Annual report of the Imperial Bacteriologist
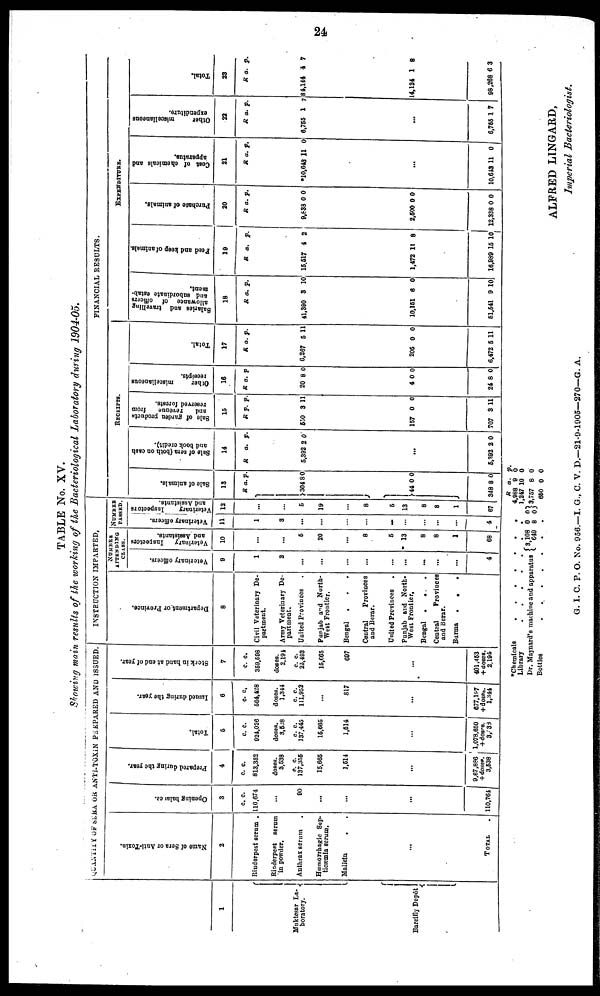
24
TABLE No. XV.
Showing main results of the working of the Bacteriological Laboratory during 1904-05.
1
Muktesar La-
boratory.
Bareilly Depôt {
QUANTITY OF SERA OR ANTI-TOXIN PREPARED AND ISSUED.
Name of Sera or Anti-Toxin.
2
Rinderpest serum .
Rinderpest
serum
in powder.
Anthrax serum .
Hæmorrhagic Sep-
ticæmia serum.
Mallein . .
...
TOTAL
.
Opening balance.
3
c. c.
110,674
...
90
...
...
...
110,764
Prepared during the year.
4
c. c.
813,352
doses.
3,538
c. c.
137,355
15,665
1,514
...
9,67,886
+doses.
3,538
Total.
5
c. c.
924,028
doses.
3,538
c. c.
137,445
15,665
1,514
...
1078,650
+doses
3538
Issued during the year.
6
c. c.
564,428
doses.
1,344
c. c.
111,952
...
817
...
677,197
+ doses
1,344
Stock in hand at end of year.
7
c. c.
359,598
doses.
2,194
c. c.
25,493
15,665
697
...
401,453
+ doses.
2,194
INSTRUCTION IMPARTED.
Department or Province.
8
Civil Veterinary De-
partment.
Army Veterinary De-
partment.
United Provinces
Punjab and North-
West Frontier.
Bengal
. . .
Central
Provinces
and Berar.
United Provinces
Punjab and North-
West Frontier.
Bengal
.
. .
Central
Provinces
and Berar.
Burma
.
.
.
NUMBER
ATTENDING
CLASS.
Veterinary officers.
9
1
3
...
...
...
...
...
...
...
...
...
4
Veterinary
Inspectors
and Assistants.
10
...
...
5
20
...
8
5
13
8
8
1
68
NUMBER
PASSED.
Veterinary officers.
11
1
3
...
...
...
...
...
...
...
...
...
4
Veterinary
Inspecto rs
and Assistants.
12
...
...
5
19
...
8
5
13
8
8
1
67
FINANCIAL RESULTS.
RECEIPTS.
Sale of animals.
13
R
} 304
}44
348
a.
8
0
8
p.
0
0
0
Sale of sera (both on cash
and book credit).
14
R
5,392
5,392
a.
2
...
2
p.
0
0
Sale of garden products
and revenue from
reserved forests.
15
R
550
157
707
p.
3
0
3
p.
11
0
11
Other miscellaneous
receipts.
16
R
20
4
24
a.
8
0
8
p
0
0
0
Total.
17
R
6,267
205
6,472
a.
5
0
5
p.
11
0
11
EXPENDITURE.
Salaries and travelling
allowance of officers
and subordinate estab-
ment.
18
R
41,390
10,151
51,541
a.
3
6
9
p.
10
0
10
Feed and keep of animals.
19
R
15,517
1,472
16,989
a.
4
11
15
p.
2
8
10
Purchase of animals.
20
R
9,838
2,500
12,338
a.
0
0
0
p.
0
0
0
Cost of chemicals and
apparatus.
21
R
*10,643
...
10,643
a.
11
11
p.
0
0
Other miscellaneous
expenditure.
22
R
6,755
...
6,755
a.
1
1
p.
7
7
Total.
23
R
84,144
14,124
98,268
a.
4
1
6
p.
7
8
3
*Chemicals
Library
.
.
.
.
.
.
.
.
.
.
Dr. Maynard's machine and apparatuas{
Bottles
. . . . .
.
.
3,108
649
.
.
.
0
8
.
.
. 0
0
.
R
4,988
1,247
} 3,757
650
a.
9
10
8
0
p.
0
0
0
0
ALFRED LINGARD,
Imperial Bacteriologist.
G. I. C. P. O. No. 956.—I. G., C. V. D.—21-9-1905—270—G. A.